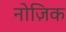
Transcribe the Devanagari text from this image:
नोज़िक